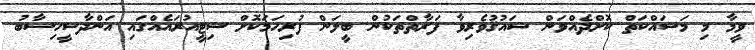
ވީމާ މި މަސައްކަތް ކޮށްދެއްވަން ޝައުޤުވެރިވާ ފަރާތްތަކުން ބީލަން ފުރިހަމަކޮށް ސިޓީއުރައެއްގައި އަންދާސީހިސާބު